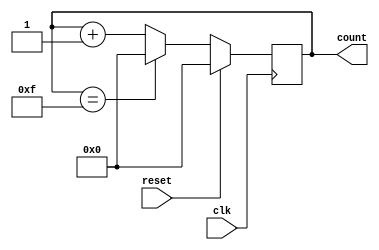
module counter(
    input wire clk,
    input wire reset,
    output reg [3:0] count
);

parameter WIDTH = 4;

always @(posedge clk) begin
    if (reset) begin
        count <= 4'b0;
    end else begin
        if (count == WIDTH'd15) begin
            count <= 4'b0;
        end else begin
            count <= count + 1;
        end
    end
end

endmodule